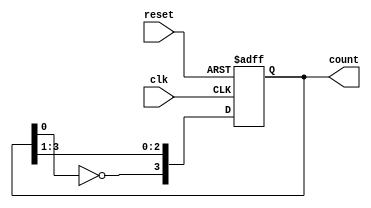
`ifndef behaveCount 
`define behaveCount
/*
	File Name: behaveCount.v
	Description: Johnson Down counter using behavior modeling. 
	Authors: Varun Venkatesh, Akhil Avula, Max Thompson	

*/
module behaveCount(reset, clk, count);
// declare input and output variables
	input clk,reset;
	output reg [3:0] count;
	
	
	// Ring counter that changes/shifts the bit down and replaces
	// the most significant bit with the opposite value of the previous
	// least significant bit
	always @(posedge clk or negedge reset) begin// or negedge reset) begin
		if (!reset)
			count <= 4'b0000;
		else begin
				count <= {~count[0], count[3:1]};
		end
	end
	
endmodule 

`endif